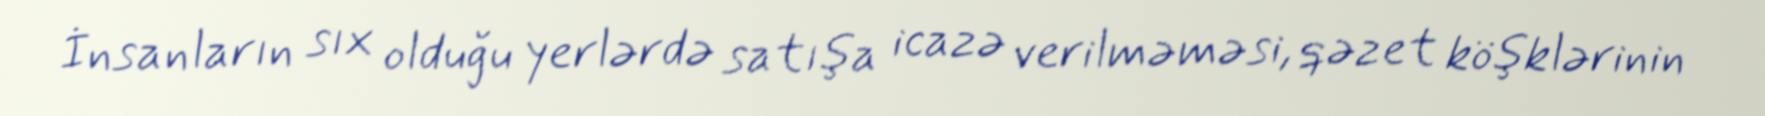
İnsanların sıx olduğu yerlərdə satışa icazə verilməməsi, qəzet köşklərinin